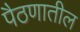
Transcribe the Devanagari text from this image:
पैठणातील